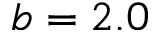
b = 2 . 0